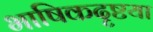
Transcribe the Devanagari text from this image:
भाषिकदृष्टया